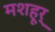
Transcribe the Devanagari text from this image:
मशहूर्